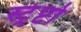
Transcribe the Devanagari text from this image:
स्ट्रेप्टो